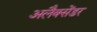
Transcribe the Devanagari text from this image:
अलैक्सेंडर